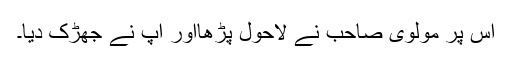
اس پر مولوی صاحب نے لاحول پڑھااور آپ نے جھڑک دیا۔